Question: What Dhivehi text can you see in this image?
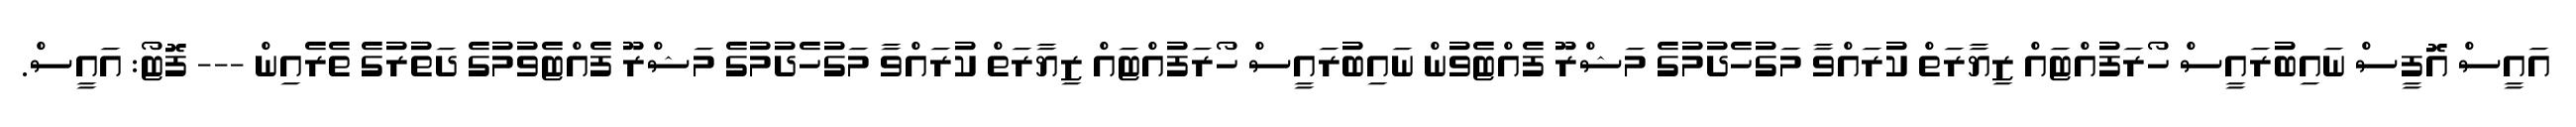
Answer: އައީސް އޮފީސް ނައިބުރައީސް ހޯރަފުއްޓައް ޒިޔާރަތް ކުރައްވާ މަގުހެދުމުގެ މަޝްރޫ ފެއްޓެވުން ނައިބުރައީސް ހޯރަފުއްޓައް ޒިޔާރަތް ކުރައްވާ މަގުހެދުމުގެ މަޝްރޫ ފެއްޓެވުމުގެ ދަތުރުގެ ތެރެއިން --- ފޮޓޯ: އައީސް.